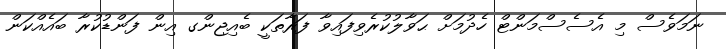
ނަމަވެސް މި އެސެސްމަންޓް ހެދުމަށް ޙަވާލުކުރެވިފައިވާ ފަރާތަކީ ބެއިޖިންގ އިން ފަންޑުކުރާ ބައެއްކަން